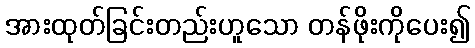
အားထုတ်ခြင်းတည်းဟူသော တန်ဖိုးကိုပေး၍